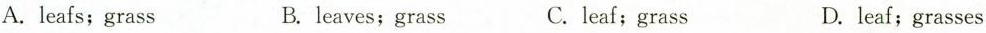
A.leafs; grass B. leaves; grass C. leaf; grass D. leaf; grasses